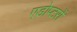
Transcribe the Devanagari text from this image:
एडोप्टरों